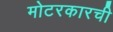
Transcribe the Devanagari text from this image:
मोटरकारची